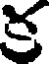
క